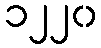
၁၂၂၀